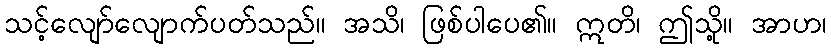
သင့်လျော်လျောက်ပတ်သည်။ အသိ၊ ဖြစ်ပါပေ၏။ ဣတိ၊ ဤသို့။ အာဟ၊